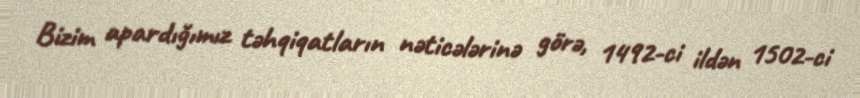
Bizim apardığımız təhqiqatların nəticələrinə görə, 1492-ci ildən 1502-ci